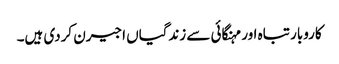
کاروبار تباہ اور مہنگائی سے زندگیاں اجیرن کردی ہیں۔